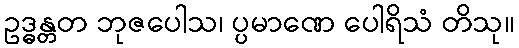
ဥဒ္ဓန္တတ ဘုဇပေါသ၊ ပ္ပမာဏေ ပေါရိသံ တိသု။